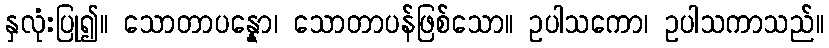
နှလုံးပြု၍။ သောတာပန္နော၊ သောတာပန်ဖြစ်သော။ ဥပါသကော၊ ဥပါသကာသည်။